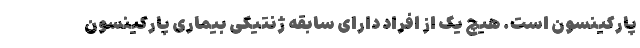
پارکینسون است. هیچ یک از افراد دارای سابقه ژنتیکی بیماری پارکینسون